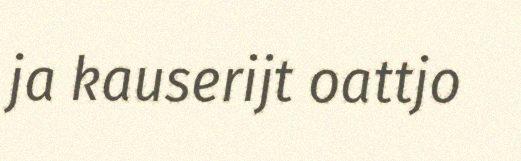
ja kauserijt oattjo